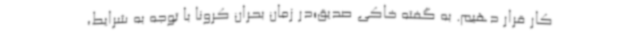
کار قرار دهیم. به گفته خاکی صدیق؛در زمان بحران کرونا با توجه به شرایط،